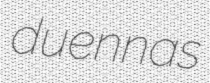
duennas